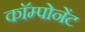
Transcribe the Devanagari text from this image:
काॅम्पोनेंट